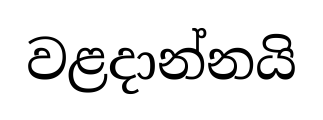
වළදාන්නයි